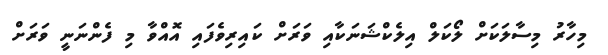
މިހާރު މިސާލަކަށް ލޯކަލް އިލެކްޝަނަކާއި ވަރަށް ކައިރިވެފައި އޮއްވާ މި ފެންނަނީ ވަރަށް